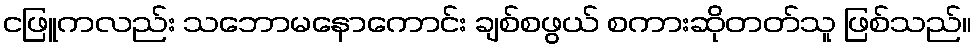
ငဖြူကလည်း သဘောမနောကောင်း ချစ်စဖွယ် စကားဆိုတတ်သူ ဖြစ်သည်။